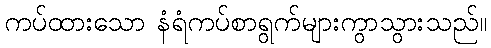
ကပ်ထားသော နံရံကပ်စာရွက်များကွာသွားသည်။